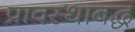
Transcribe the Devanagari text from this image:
प्रावस्थाबद्ध